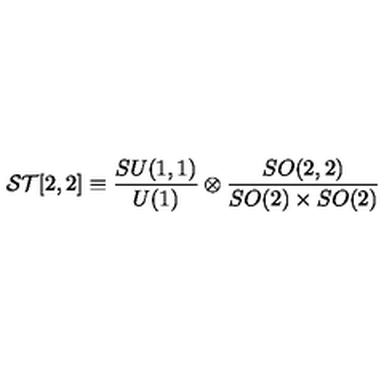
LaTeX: { \cal S T } [ 2 , 2 ] \equiv \frac { S U ( 1 , 1 ) } { U ( 1 ) } \otimes \frac { S O ( 2 , 2 ) } { S O ( 2 ) \times S O ( 2 ) }